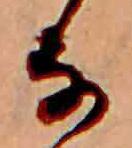
な